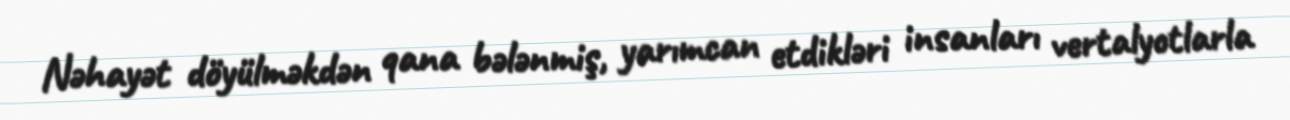
Nəhayət döyülməkdən qana bələnmiş, yarımcan etdikləri insanları vertalyotlarla